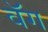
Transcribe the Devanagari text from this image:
वॅग